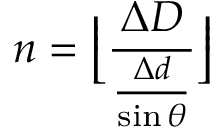
n = \left\lfloor \frac { \Delta D } { \frac { \Delta d } { \sin \theta } } \right\rfloor